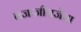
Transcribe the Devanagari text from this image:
बजाजीराजेंचा